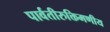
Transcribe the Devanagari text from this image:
पार्वतीरुक्तिमणीय